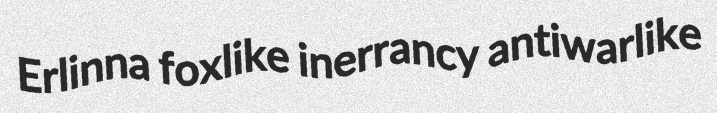
Erlinna foxlike inerrancy antiwarlike